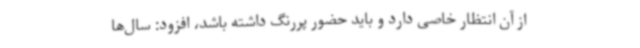
از آن انتظار خاصی دارد و باید حضور پررنگ داشته باشد، افزود: سال‌ها